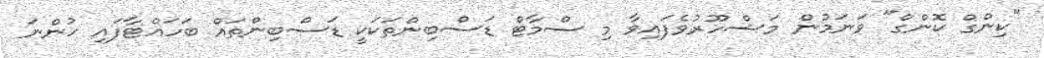
"ކިންގް ކޮންގް" ވަނަމުން މަޝްހޫރުވެފައިވާ މި ސްމާޓް ޑަސްބިންތަކަކީ ޑަސްބިންތައް ބަހައްޓާފައި ހުންނަ